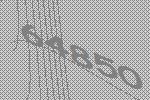
64850